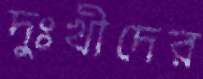
দুঃখীদের